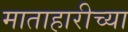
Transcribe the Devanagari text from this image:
माताहारीच्या